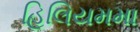
હિલિયમમા